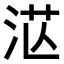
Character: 𣴭